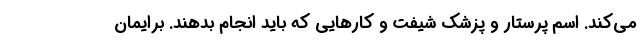
می‌کند. اسم پرستار و پزشک شیفت و کارهایی که باید انجام بدهند. برایمان